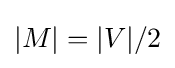
|M|=|V|/2